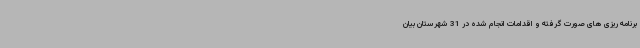
برنامه ریزی های صورت گرفته و اقدامات انجام شده در 31 شهرستان بیان